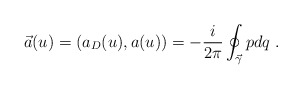
\begin{align*}\vec{a}(u)=(a_D(u),a(u))= -{i\over 2\pi}\oint_{\vec{\gamma}} pdq \ .\end{align*}